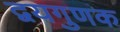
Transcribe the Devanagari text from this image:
द्वयगुणक